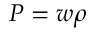
P = w \rho